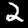
Digit: 2